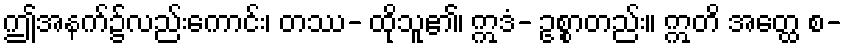
ဤအနက်၌လည်းကောင်း၊ တဿ- ထိုသူ၏၊ ဣဒံ- ဥစ္စာတည်း။ ဣတိ အတ္ထေ စ-